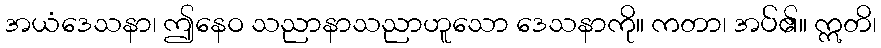
အယံဒေသနာ၊ ဤနေဝ သညာနာသညာဟူသော ဒေသနာကို။ ကတာ၊ အပ်၏။ ဣတိ၊